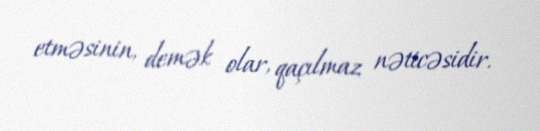
etməsinin, demək olar, qaçılmaz nəticəsidir.